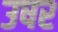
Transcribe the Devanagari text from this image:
उषर